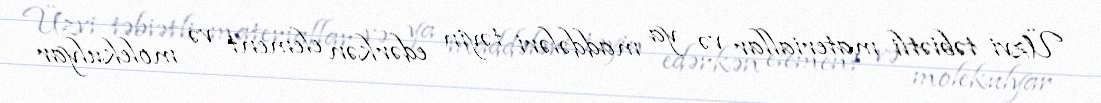
Üzvi təbiətli materiallar və ya maddələri təyin edərkən element və molekulyar